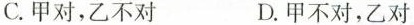
C.甲对，乙不对 D.甲不对，乙对